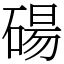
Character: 碭